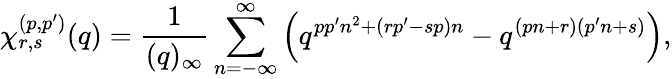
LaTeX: \chi_{r,s}^{(p,p^{\prime})}(q)=\frac{1}{(q)_{\infty}}\sum_{n=-\infty}^{\infty}\left(q^{pp^{\prime}n^{2}+(rp^{\prime}-sp)n}-q^{(pn+r)(p^{\prime}n+s)}\right),